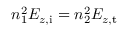
n _ { 1 } ^ { 2 } E _ { z , \mathrm { i } } = n _ { 2 } ^ { 2 } E _ { z , \mathrm { t } }